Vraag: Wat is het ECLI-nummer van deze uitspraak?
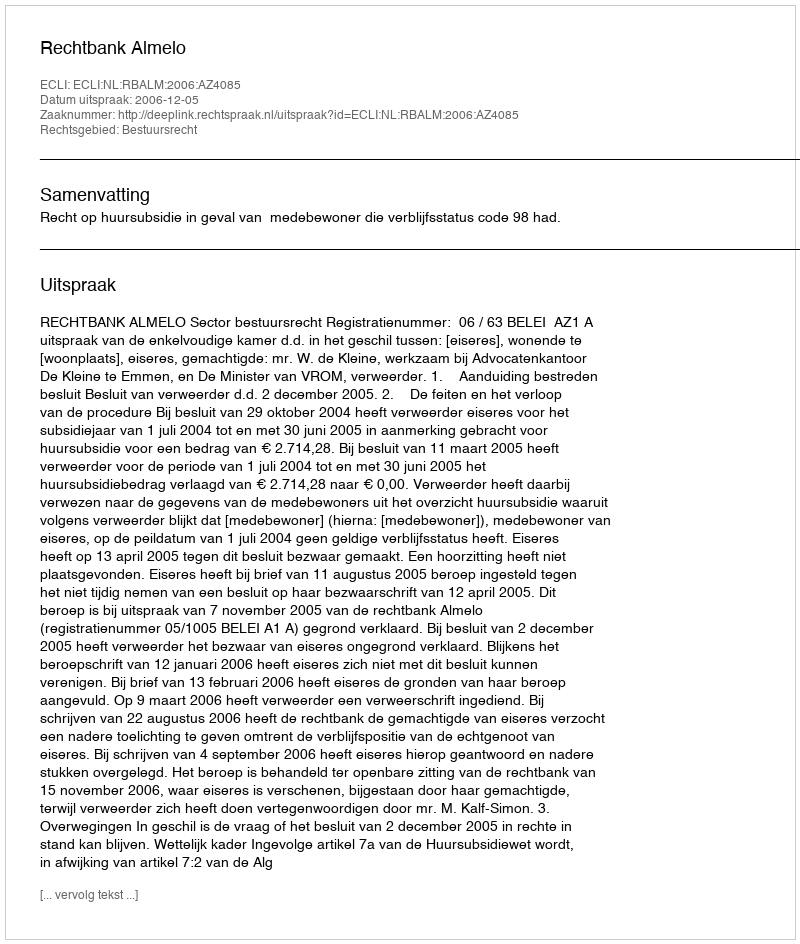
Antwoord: ECLI:NL:RBALM:2006:AZ4085